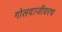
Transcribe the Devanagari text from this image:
गोलदाजीवरच